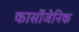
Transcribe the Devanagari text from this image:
कार्सोजेनिक